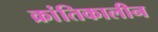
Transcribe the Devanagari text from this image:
क्रांतिकालीन